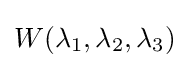
W(\lambda _{1},\lambda _{2},\lambda _{3})